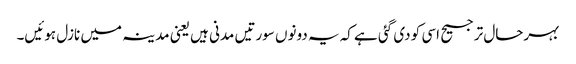
بہرحال ترجیح اسی کو دی گئی ہے کہ یہ دونوں سورتیں مدنی ہیں یعنی مدینہ میں نازل ہوئیں۔